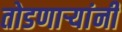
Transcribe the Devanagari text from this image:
तोडणार्‍यांनी